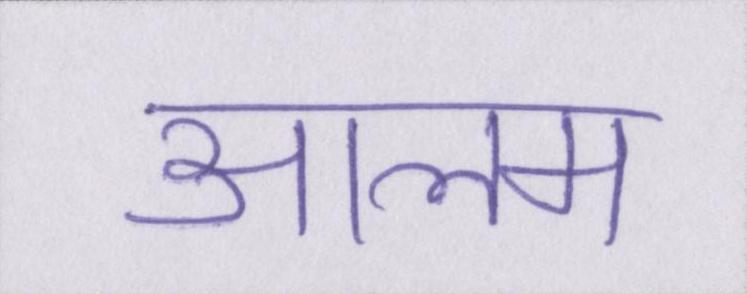
आलम